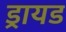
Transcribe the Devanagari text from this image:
ड्रायड